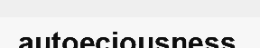
autoeciousness